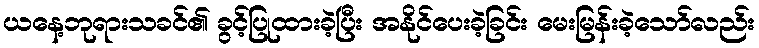
ယနေ့ဘုရားသခင်၏ ခွင့်ပြုထားခဲ့ပြီး အနိုင်ပေးခဲ့ခြင်း မေးမြန်းခဲ့သော်လည်း